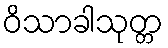
ဝိသာခါသုတ္တ